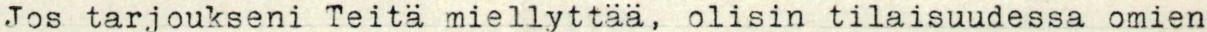
Jos tarjoukseni Teitä miellyttää, olisin tilaisuudessa omien